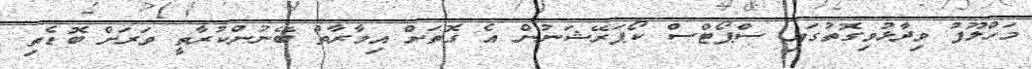
މަހްލޫފު ވިދާޅުވިގޮތުގައި ސްޕޯޓްސް ކޯޕަރޭޝަނުން އެ ގޮތަށް އިމާރާތް ބޭނުންކުރާތީ ވަރަށް ބޮޑެތި